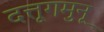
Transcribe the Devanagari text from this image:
दत्तूगमुनू